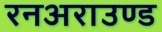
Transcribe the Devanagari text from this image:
रनअराउण्ड